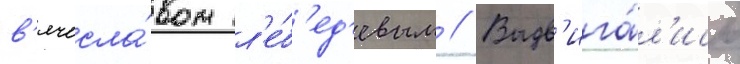
в'ячесла́вом л'е́б'ед'евым // Выдв'ига́л'ись